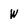
Character: W